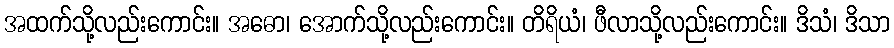
အထက်သို့လည်းကောင်း။ အဓော၊ အောက်သို့လည်းကောင်း။ တိရိယံ၊ ဖီလာသို့လည်းကောင်း။ ဒိသံ၊ ဒိသာ